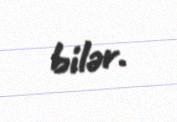
bilər.